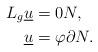
LaTeX: \begin{align*}L_g \underline{u} & = 0 N,\\\underline{u}& = \varphi \partial N.\end{align*}